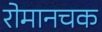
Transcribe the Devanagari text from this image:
रोमानचक